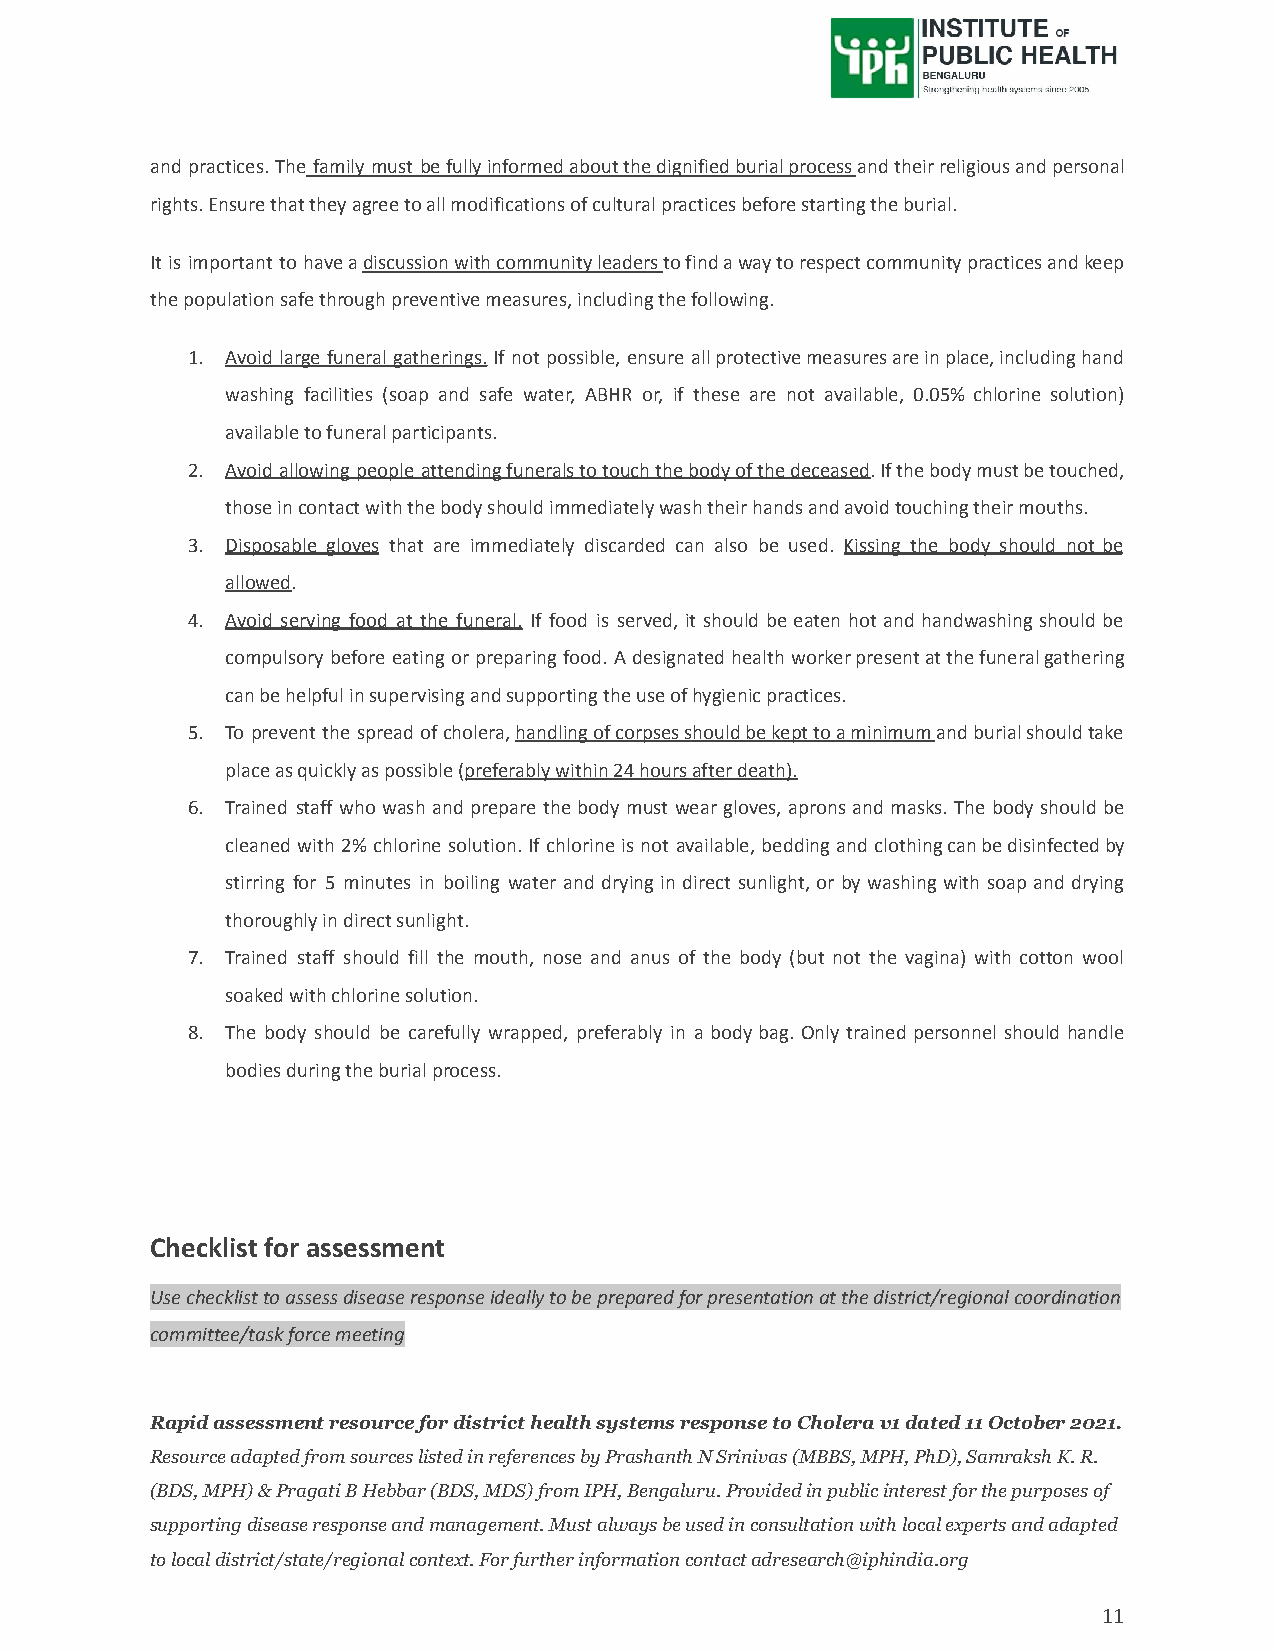
and practices. The family must befullyinformedaboutthedignifiedburialprocessandtheirreligiousandpersonal
 rights. Ensure that they agree to all modifications of cultural practices before starting the burial.
 It is important to haveadiscussionwithcommunityleaderstofindawaytorespectcommunitypracticesandkeep
 the population safe through preventive measures, including the following.
 1. Avoid large funeral gatherings. If not possible, ensure allprotectivemeasuresareinplace,includinghand
 washing facilities (soap and safe water, ABHR or, if these are not available, 0.05% chlorine solution)
 available to funeral participants.
 2. Avoid allowing people attendingfuneralstotouchthebodyofthedeceased.Ifthebodymustbetouched,
 those in contact with the body should immediately wash their hands and avoid touching their mouths.
 3. Disposable gloves that are immediately discarded can also be used. Kissing the body should not be
 allowed.
 4. Avoid serving food at the funeral. If food is served, it should be eaten hot and handwashing should be
 compulsory before eating or preparing food. A designated health workerpresentatthefuneralgathering
 can be helpful in supervising and supporting the use of hygienic practices.
 5. To prevent the spread ofcholera,handlingofcorpsesshouldbekepttoaminimumandburialshouldtake
 place as quickly as possible (preferably within 24hours after death).
 6. Trained staff who wash and prepare the body must wear gloves, aprons and masks. The body should be
 cleaned with 2% chlorine solution. If chlorine is not available, bedding and clothingcanbedisinfectedby
 stirring for 5 minutes in boiling water and drying in direct sunlight, or by washing with soap and drying
 thoroughly in direct sunlight.
 7. Trained staff should fill the mouth, nose and anus of the body (but not the vagina) with cotton wool
 soaked with chlorine solution.
 8. The body should be carefully wrapped, preferably in a body bag. Only trained personnel should handle
 bodies during the burial process.
 Checklist for assessment
 Use checklist to assess disease response ideally to be prepared for presentation at the district/regional coordination
 committee/task force meeting
 Rapid assessment resource for district health systems response to Cholera v1 dated 11 October 2021.
 Resource adapted from sources listed in references by Prashanth N Srinivas (MBBS, MPH, PhD), Samraksh K. R.
 (BDS, MPH) & Pragati B Hebbar (BDS, MDS) from IPH, Bengaluru. Provided in public interest for the purposes of
 supporting disease response and management. Must always be used in consultation with local experts and adapted
 to local district/state/regional context. For further information contact adresearch@iphindia.org
 11